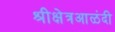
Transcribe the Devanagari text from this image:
श्रीक्षेत्रआळंदी